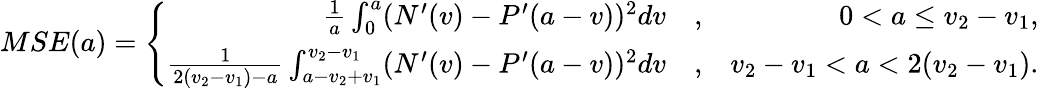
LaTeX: MSE(a)=\left\{ \begin{array}{rlr}{\frac{1}{a}\int_{0}^{a}(N^{\prime}(v)-P^{\prime}(a-v))^{2}dv}&{{},}&{0<a\leq v_{2}-v_{1},}\\ {\frac{1}{2(v_{2}-v_{1})-a}\int_{a-v_{2}+v_{1}}^{v_{2}-v_{1}}(N^{\prime}(v)-P^{\prime}(a-v))^{2}dv}&{{},}&{v_{2}-v_{1}<a<2(v_{2}-v_{1}).}\end{array}\right.